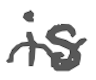
Text: is
Cross-out: wave
Writing tool: digital_gray